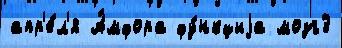
апр'е́л'я А́мфора фу́нкциjа мозг3